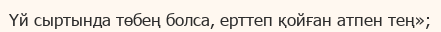
Үй сыртында төбең болса, ерттеп қойған атпен тең»;